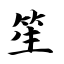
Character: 笙